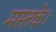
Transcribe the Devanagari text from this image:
मस्तके।